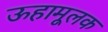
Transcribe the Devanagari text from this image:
ऊहामूलक